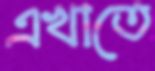
এখাতে